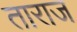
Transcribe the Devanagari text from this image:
ताराज